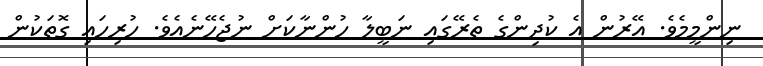
ނިންމީމެވެ. އޭރުން އެ ކުދިންގެ ތެރޭގައި ނަބީލާ ހުންނާކަށް ނުޖެހޭނެއެވެ. ހުރިހައި ގޮތަކުން